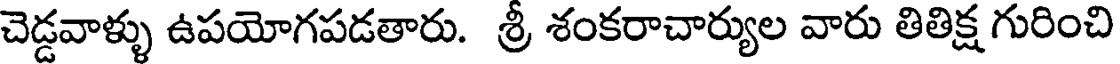
చెడ్డవాళ్ళు ఉపయోగపడతారు. శ్రీ శంకరాచార్యుల వారు తితిక్ష గురించి